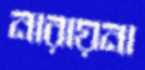
নারায়না